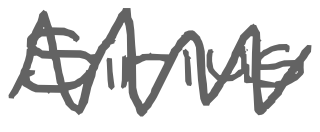
Text: Sirius
Cross-out: zig-zag
Writing tool: digital_gray